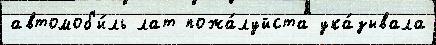
автомоб'и́ль лат пожа́луйста ука́зывала